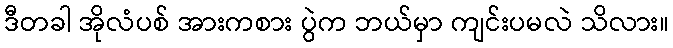
ဒီတခါ အိုလံပစ် အားကစား ပွဲက ဘယ်မှာ ကျင်းပမလဲ သိလား။